Report on vaccination in Madras 1922-1929 - 1922-1929
Year: 1922
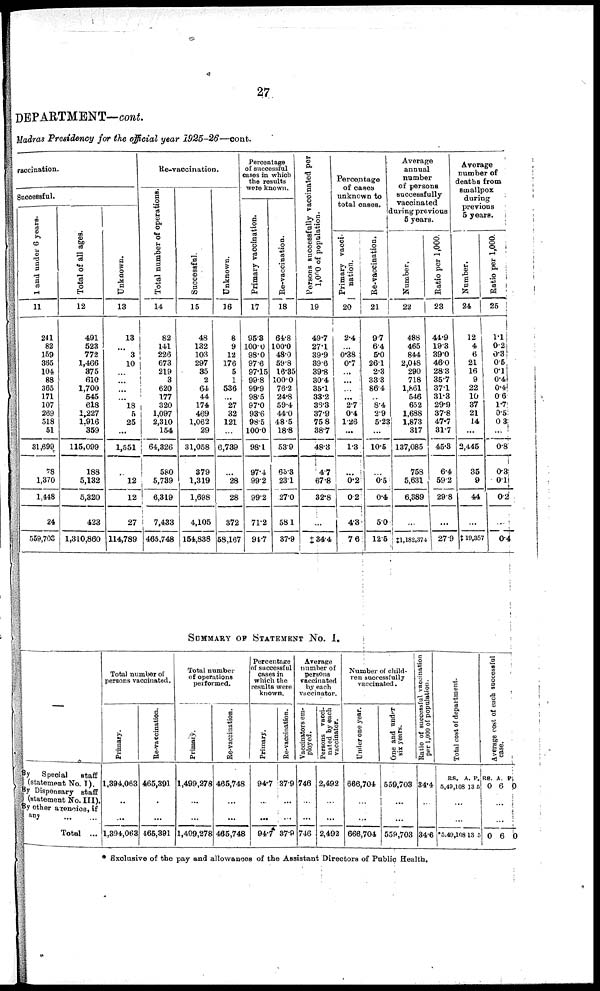
27
DEPARTMENT—cont.
Madras Presidency for the official year 1925-26—cont.
vaccination.
Successful.
1 and under 6 years.
11
241
82
159
365
104
88
365
171
107
269
518
51
31,699
78
1,370
1,448
24
559,703
Total of all ages.
12
491
523
772
1,466
375
610
1,700
545
618
1,227
1,916
359
115,099
188
5,132
5,320
423
1,310,860
Unknown.
13
13
...
3
10
...
...
...
...
18
5
25
...
1,551
...
12
12
27
114,789
Re-vaccination.
Total number of operations.
14
82
141
226
673
219
3
620
177
320
1,097
2,310
154
64,326
580
5,739
6,319
7,433
465,748
Successful.
15
48
132
103
297
35
2
64
44
174
469
1,062
29
31,058
379
1,319
1,698
4,105
154,838
Unknown.
16
8
9
12
176
5
1
536
...
27
32
121
...
6,739
...
28
28
372
58,167
Percentage
of successful
cases in which
the results
were known.
Primary vaccination.
17
95.3
100.0
98.0
97.6
97.15
99.8
99.9
98.5
97.0
93.6
98.5
100.0
98.1
97.4
99.2
99.2
71.2
94.7
Re-vaccination.
18
64.8
100.0
48.0
59.8
16.35
100.0
76.2
24.8
59.4
44.0
48.5
18.8
53.9
65.3
23.1
27.0
58.1
37.9
Persons successfully vaccinated per
l,000 of population.
19
49.7
27.1
39.9
39.6
39.8
30.4
35.1
33.2
36.8
37.9
75.8
38.7
48.3
4.7
67.8
32.8
...
‡34.4
Percentage
of cases
unknown to
total cases.
Primary vacci-
nation.
20
2.4
...
0.38
0.7
...
...
...
...
2.7
0.4
1.26
...
1.3
...
0.2
0.2
4.3
7.6
Re-vaccination.
21
9.7
6.4
5.0
26.1
2.3
33.3
86.4
...
8.4
2.9
5.23
...
10.5
...
0.5
0.4
5.0
12.5
Average
annual
number
of persons
successfully
vaccinated
during previous
5 years.
Number.
22
488
465
844
2,048
290
718
1,861
546
652
1,688
1,873
317
137,085
758
5,631
6,389
...
‡1,182,374
Ratio per 1,000.
23
44.9
19.3
39.0
46.0
28.3
35.7
37.1
31.3
29.9
37.8
47.7
31.7
45.3
6.4
59.2
29.8
...
27.9
Average
number of
deaths from
smallpox
during
previous
5 years.
Number.
24
12
4
6
21
16
9
22
10
37
21
14
...
2,446
35
9
44
...
‡19,357
Ratio per 1,000.
25
1.1
0.2
0.3
0.5
0.1
0.4
0.4
0.6
1.7
0.5
0.3
...
0.8
0.3
0.1
0.2
...
0.4
SUMMARY OF STATEMENT No. I.
—
By Special staff
(statement No. I).
By Dispensary staff
(statement No. III).
By other agencies, if
any
...
...
Total
...
Total number of
persons vaccinated.
Primary.
1,394,063
...
...
1,394,063
Re-vaccination.
465,391
...
...
465,391
Total number
of operations
performed.
Primary.
1,499,278
...
...
1,499,278
Re-vaccination.
465,748
...
...
465,748
Percentage
of successful
cases in
which the
results were
known.
Primary.
94.7
...
...
94.7
Re-vaccination.
37.9
...
...
37.0
Average
number of
persons
vaccinated
by each
vaccinator.
Vaccinators em-
ployed.
746
...
...
746
Persons vacci-
nated by each
vaccinator.
2,492
...
...
2,492
Number of child-
ren successfully
vaccinated.
Under one year.
666,704
...
...
666,704
One and under
six years.
559,703
...
...
559,703
Ratio of successful vaccination
per 1,000 of population.
34.4
...
...
34.6
Total cost of department.
RS.
5,49,108
A.
13
P.
5
...
...
*5,49,108 13 5
Average cost of each successful
case.
RS.
0
A
6
P.
0
...
...
0 6 0
* Exclusive of the pay and allowances of the Assistant Directors of Public Health.